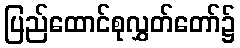
ပြည်ထောင်စုလွှတ်တော်၌